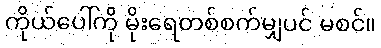
ကိုယ်ပေါ်ကို မိုးရေတစ်စက်မျှပင် မစင်။